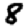
Digit: 8